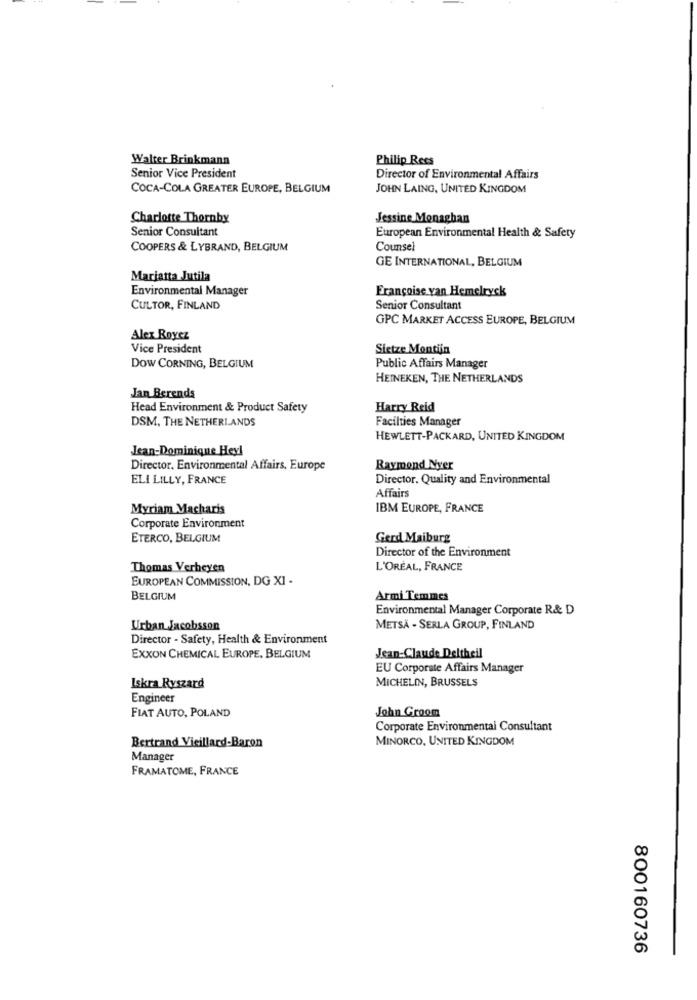
Walter Brinkmann
Philip Rees
Senior Vice President
Director of Environmental Affairs
COCA-COLA GREATER EUROPE, BELGIUM
JOHN LAING, UNITED KINGDOM
Charlotte Thornby
Jessine Monaghan
Senior Consultant
European Environmental Health & Safety
COOPERS & LYBRAND, BELGIUM
Counsel
GE INTERNATIONAL, BELGIUM
Marjatta Jutila
Environmental Manager
Françoise van Hemelryck
CULTOR, FINLAND
Senior Consultant
GPC MARKET ACCESS EUROPE, BELGIUM
Alex Royez
Vice President
Sietze Montijn
DOW CORNING, BELGIUM
Public Affairs Manager
HEINEKEN, THE NETHERLANDS
Jan Berends
Head Environment & Product Safety
Harry Reid
DSM, THE NETHERLANDS
Facilties Manager
HEWLETT-PACKARD, UNITED KINGDOM
Jean-Dominique Heyl
Director. Environmental Affairs, Europe
Raymond Nyer
ELI LILLY, FRANCE
Director. Quality and Environmental
Affairs
Myriam Macharis
IBM EUROPE, FRANCE
Corporate Environment
ETERCO, BELGIUM
Gerd Maiburg
Director of the Environment
Thomas Verheyen
L'ORÉAL, FRANCE
EUROPEAN COMMISSION, DG X1 -
BELGIUM
Armi Temmes
Environmental Manager Corporate R& D
Urban Jacobsson
METSÄ - SERLA GROUP, FINLAND
Director - Safety, Health & Environment
EXXON CHEMICAL EUROPE, BELGIUM
Jean-Claude Deltheil
EU Corporate Affairs Manager
MICHELIN, BRUSSELS
Iskra Ryszard
Engineer
FIAT AUTO, POLAND
John Groom
Corporate Environmental Consultant
MINORCO, UNITED KINGDOM
Bertrand Vieillard-Baron
Manager
FRAMATOME, FRANCE
800160736